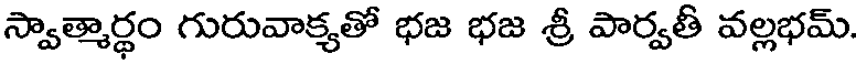
స్వాత్మార్థం గురువాక్యతో భజ భజ శ్రీ పార్వతీ వల్లభమ్.